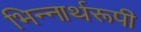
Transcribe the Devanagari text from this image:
भिन्‍नार्थरूपी